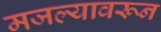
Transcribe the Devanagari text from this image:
मजल्यावरून